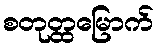
စတုတ္ထမြောက်